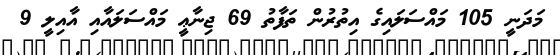
މަދަނީ 105 މައްސަލައިގެ އިތުރުން ތަފާތު 69 ޖިނާޢީ މައްސަލައާއި އާއިލީ 9